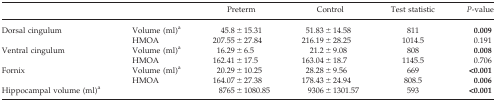
<table><thead><tr><td></td><td></td><td><b>Preterm</b></td><td><b>Control</b></td><td><b>Test statistic</b></td><td><b><i>P</i>‐value</b></td></tr></thead><tbody><tr><td rowspan="2">Dorsal cingulum</td><td>Volume (ml)a</td><td>45.8 ± 15.31</td><td>51.83 ± 14.58</td><td>811</td><td><b>0.009</b></td></tr><tr><td>HMOA</td><td>207.55 ± 27.84</td><td>216.19 ± 28.25</td><td>1014.5</td><td>0.191</td></tr><tr><td rowspan="2">Ventral cingulum</td><td>Volume (ml)a</td><td>16.29 ± 6.5</td><td>21.2 ± 9.08</td><td>808</td><td><b>0.008</b></td></tr><tr><td>HMOA</td><td>162.41 ± 17.5</td><td>163.04 ± 18.7</td><td>1145.5</td><td>0.706</td></tr><tr><td rowspan="2">Fornix</td><td>Volume (ml)a</td><td>20.29 ± 10.25</td><td>28.28 ± 9.56</td><td>669</td><td><b>&lt;0.001</b></td></tr><tr><td>HMOA</td><td>164.07 ± 27.38</td><td>178.43 ± 24.94</td><td>808.5</td><td><b>0.006</b></td></tr><tr><td>Hippocampal volume (ml)a</td><td></td><td>8765 ± 1080.85</td><td>9306 ± 1301.57</td><td>593</td><td><b>&lt;0.001</b></td></tr></tbody></table>